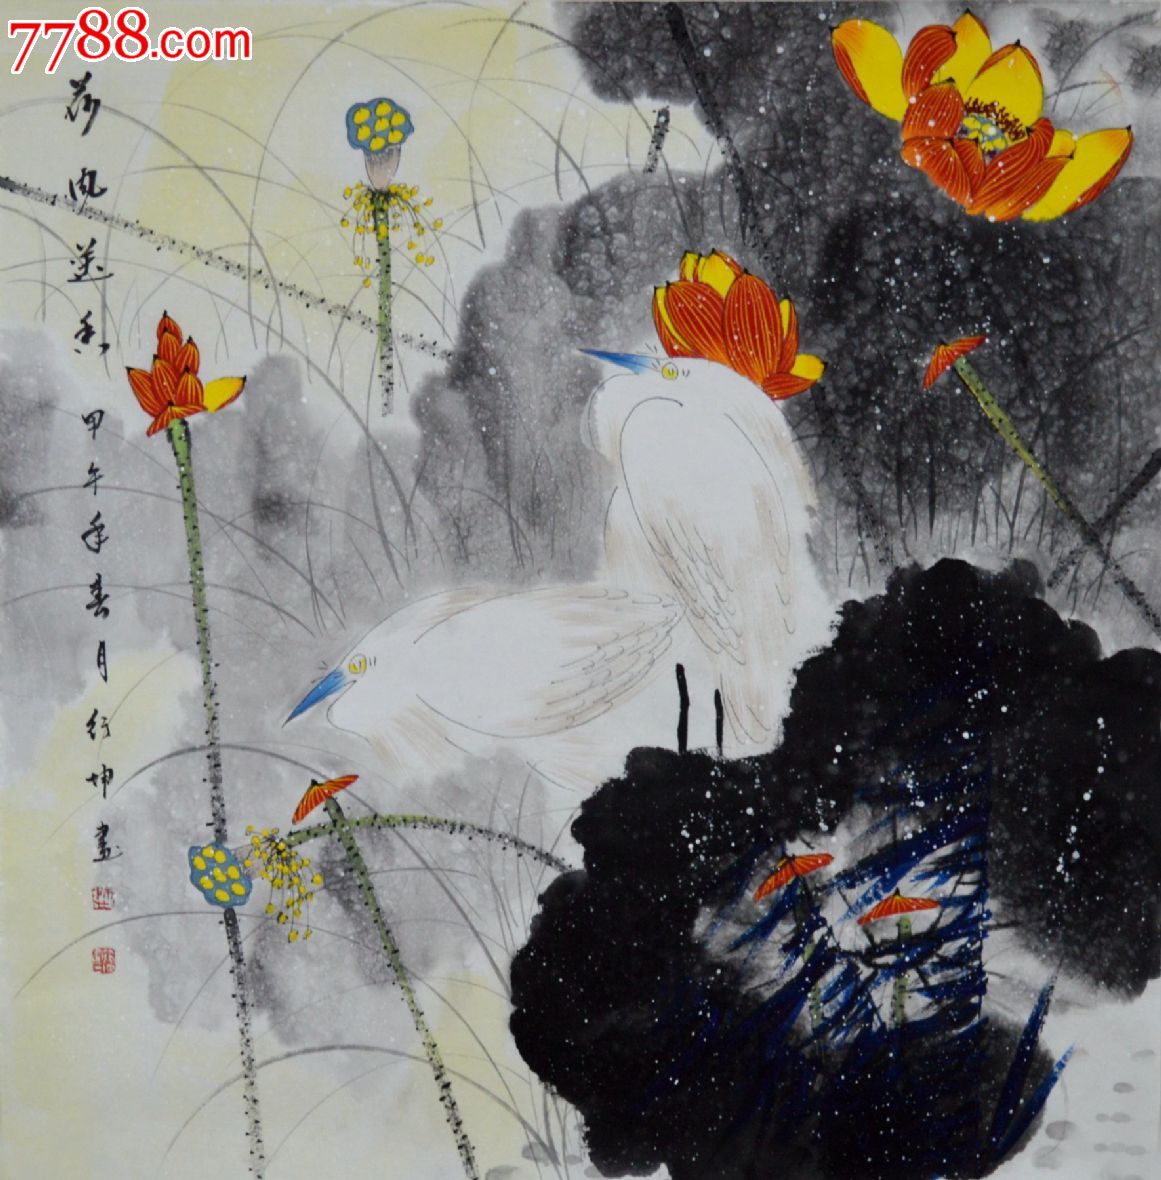
燕子巢方就，盆池小，新荷蔽。